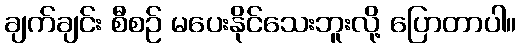
ချက်ချင်း စီစဉ် မပေးနိုင်သေးဘူးလို့ ပြောတာပါ။